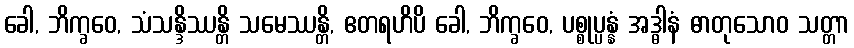
ခေါ, ဘိက္ခဝေ, သံသန္ဒိဿန္တိ သမေဿန္တိ, ဧတရဟိပိ ခေါ, ဘိက္ခဝေ, ပစ္စုပ္ပန္နံ အဒ္ဓါနံ ဓာတုသောဝ သတ္တာ